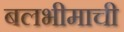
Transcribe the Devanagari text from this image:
बलभीमाची